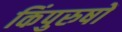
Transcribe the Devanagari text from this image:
किंपुरुषों